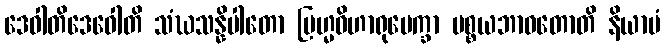
ဒေဝါတိဒေဝေါတိ သံဃသန္နိပါတော ဗြဟ္မဝိဟာရုပေက္ခာ ပစ္စယဘာဝတောတိ နိယာမံ